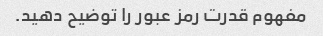
مفهوم قدرت رمز عبور را توضیح دهید.